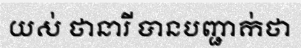
យស់ ថានារី បានបញ្ជាក់ថា